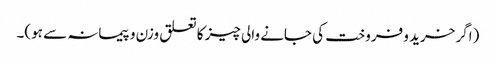
(اگر خرید و فروخت کی جانے والی چیز کا تعلق وزن و پیمانہ سے ہو)۔